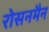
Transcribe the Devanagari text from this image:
रोसनमैन